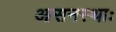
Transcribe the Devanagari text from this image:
आसनस्थाः